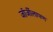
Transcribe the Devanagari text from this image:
जॉर्जीलापण